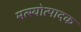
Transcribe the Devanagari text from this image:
मत्स्योत्पादक